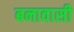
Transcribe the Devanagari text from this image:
बनावासी